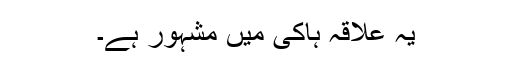
یہ علاقہ ہاکی میں مشہور ہے۔